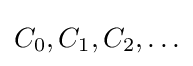
C_{0},C_{1},C_{2},\ldots